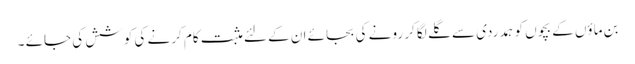
بن ماؤں کے بچوں کو ہمدردی سے گلے لگا کر رونے کی بجائے ان کے لئے مثبت کام کرنے کی کوشش کی جائے ۔